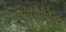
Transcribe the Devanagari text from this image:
अनौद्योगिक